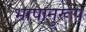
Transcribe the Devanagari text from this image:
भाषानुरूप